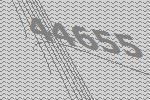
44655